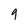
Character: 9